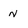
Character: n